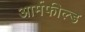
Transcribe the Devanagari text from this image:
आर्मफील्ड